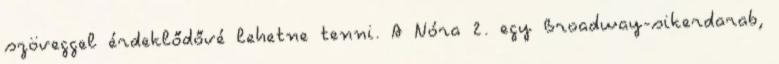
szöveggel érdeklődővé lehetne tenni. A Nóra 2. egy Broadway-sikerdarab,